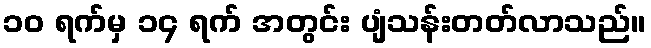
၁၀ ရက်မှ ၁၄ ရက် အတွင်း ပျံသန်းတတ်လာသည်။